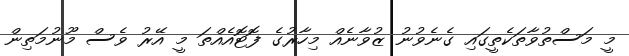
މީ މަސްތުވާތަކެތީގައި ގެނެވުނު ޒުވާނެއް މިހާރުގެ ފޮޓޮއެއްތަ މީ އޭރު ވެސް މޫނުމަތިން